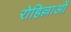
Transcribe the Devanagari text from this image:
रोहिल्लाओं